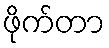
ဖိုက်တာ